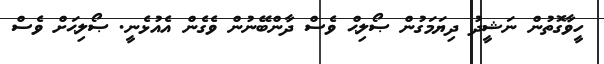
ހީވާގޮތުން ނަޝީދު ދިޔަމަގުން ޞޯލިޙް ވެސް ދާންބޭނުން ވެގެން އެއުޅެނީ. ޞޯލިޙަށް ވެސް